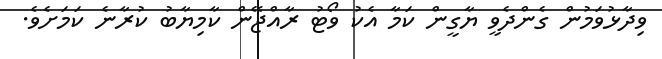
ވިދާޅުވަމުން ގެންދެވީ ޔާގީން ކަމާ އެކު ވޯޓު ރާއްޖޭން ކާމިޔާބު ކުރާނެ ކަމަށެވެ.